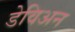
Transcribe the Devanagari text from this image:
डेविअन